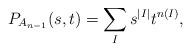
LaTeX: \begin{gather*}P_{A_{n-1}}(s,t)=\sum_{I} s^{|I|} t^{n(I)},\end{gather*}